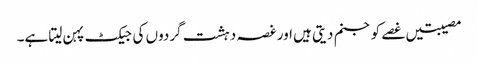
مصیبتیں غصے کو جنم دیتی ہیں اور غصہ دہشت گردوں کی جیکٹ پہن لیتا ہے۔